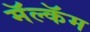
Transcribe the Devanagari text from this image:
मॅल्कॅम